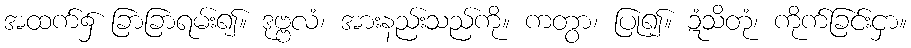
အထက်၌ ခြာခြာရမ်း၍။ ဒုဗ္ဗလံ၊ အားနည်းသည်ကို။ ကတွာ၊ ပြု၍။ ဍံသိတုံ၊ ကိုက်ခြင်းငှာ။